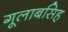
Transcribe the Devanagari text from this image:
गूलाबसिह